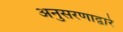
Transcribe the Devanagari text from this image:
अनुसरणाद्वारे